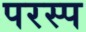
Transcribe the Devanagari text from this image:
परस्प